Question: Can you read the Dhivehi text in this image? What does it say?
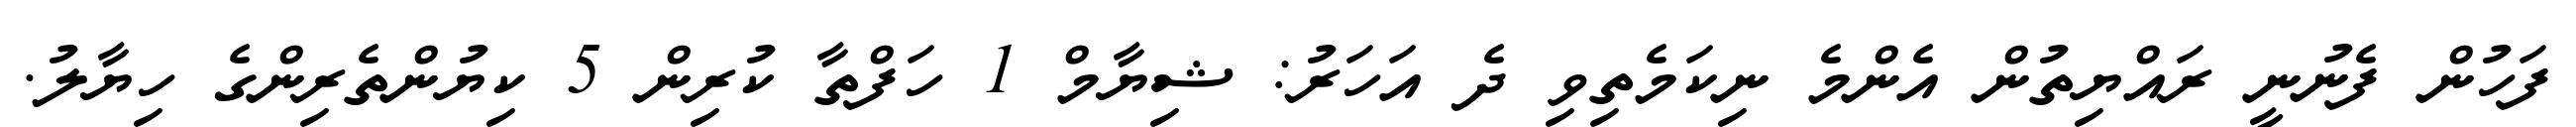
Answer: ފަހުން ފެނުނީ ރައްޔިތުން އެންމެ ނިކަމެތިވި ދެ އަހަރު: ޝިޔާމް 1 ހަފްތާ ކުރިން 5 ކިޔުންތެރިންގެ ހިޔާލު.